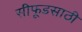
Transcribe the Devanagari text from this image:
सीफूडसाठी